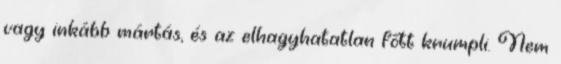
vagy inkább mártás, és az elhagyhatatlan főtt krumpli. Nem